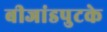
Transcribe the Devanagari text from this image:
बीजांडपुटके